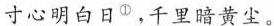
寸心明白日^{①}，千里暗黄尘。